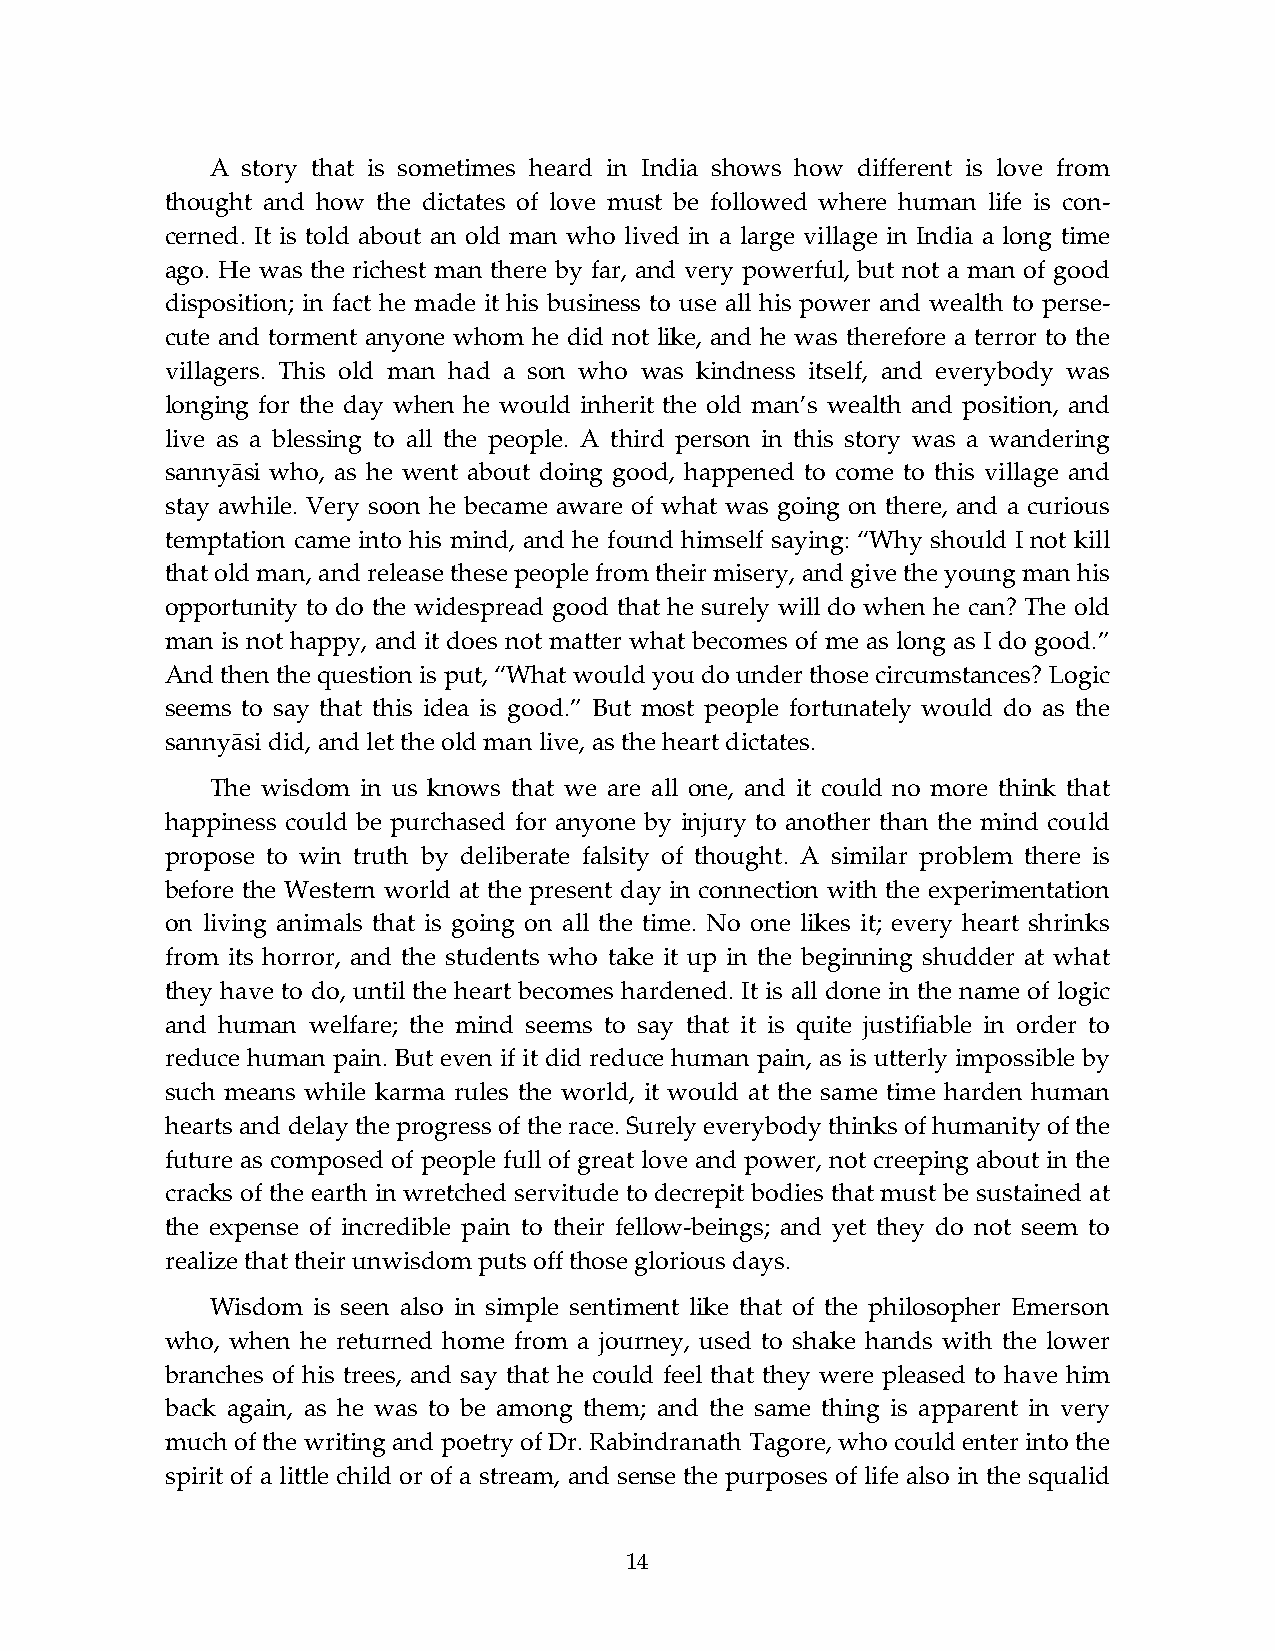
A story that is sometimes heard in India shows how different is love from
 thought and how the dictates of love must be followed where human life is con-
 cerned. It is told about an old man who lived in a large village in India a long time
 ago. He was the richest man there by far, and very powerful, but not a man of good
 disposition; in fact he made it his business to use all his power and wealth to perse-
 cute and torment anyone whom he did not like, and he was therefore a terror to the
 villagers. This old man had a son who was kindness itself, and everybody was
 longing for the day when he would inherit the old man’s wealth and position, and
 live as a blessing to all the people. A third person in this story was a wandering
 sannyāsi who, as he went about doing good, happened to come to this village and
 stay awhile. Very soon he became aware of what was going on there, and a curious
 temptation came into his mind, and he found himself saying: “Why should I not kill
 that old man, and release these people from their misery, and give the young man his
 opportunity to do the widespread good that he surely will do when he can? The old
 man is not happy, and it does not matter what becomes of me as long as I do good.”
 And then the question is put, “What would you do under those circumstances? Logic
 seems to say that this idea is good.” But most people fortunately would do as the
 sannyāsi did, and let the old man live, as the heart dictates.
 The wisdom in us knows that we are all one, and it could no more think that
 happiness could be purchased for anyone by injury to another than the mind could
 propose to win truth by deliberate falsity of thought. A similar problem there is
 before the Western world at the present day in connection with the experimentation
 on living animals that is going on all the time. No one likes it; every heart shrinks
 from its horror, and the students who take it up in the beginning shudder at what
 they have to do, until the heart becomes hardened. It is all done in the name of logic
 and human welfare; the mind seems to say that it is quite justifiable in order to
 reduce human pain. But even if it did reduce human pain, as is utterly impossible by
 such means while karma rules the world, it would at the same time harden human
 hearts and delay the progress of the race. Surely everybody thinks of humanity of the
 future as composed of people full of great love and power, not creeping about in the
 cracks of the earth in wretched servitude to decrepit bodies that must be sustained at
 the expense of incredible pain to their fellow-beings; and yet they do not seem to
 realize that their unwisdom puts off those glorious days.
 Wisdom is seen also in simple sentiment like that of the philosopher Emerson
 who, when he returned home from a journey, used to shake hands with the lower
 branches of his trees, and say that he could feel that they were pleased to have him
 back again, as he was to be among them; and the same thing is apparent in very
 much of the writing and poetry of Dr. Rabindranath Tagore, who could enter into the
 spirit of a little child or of a stream, and sense the purposes of life also in the squalid
 14